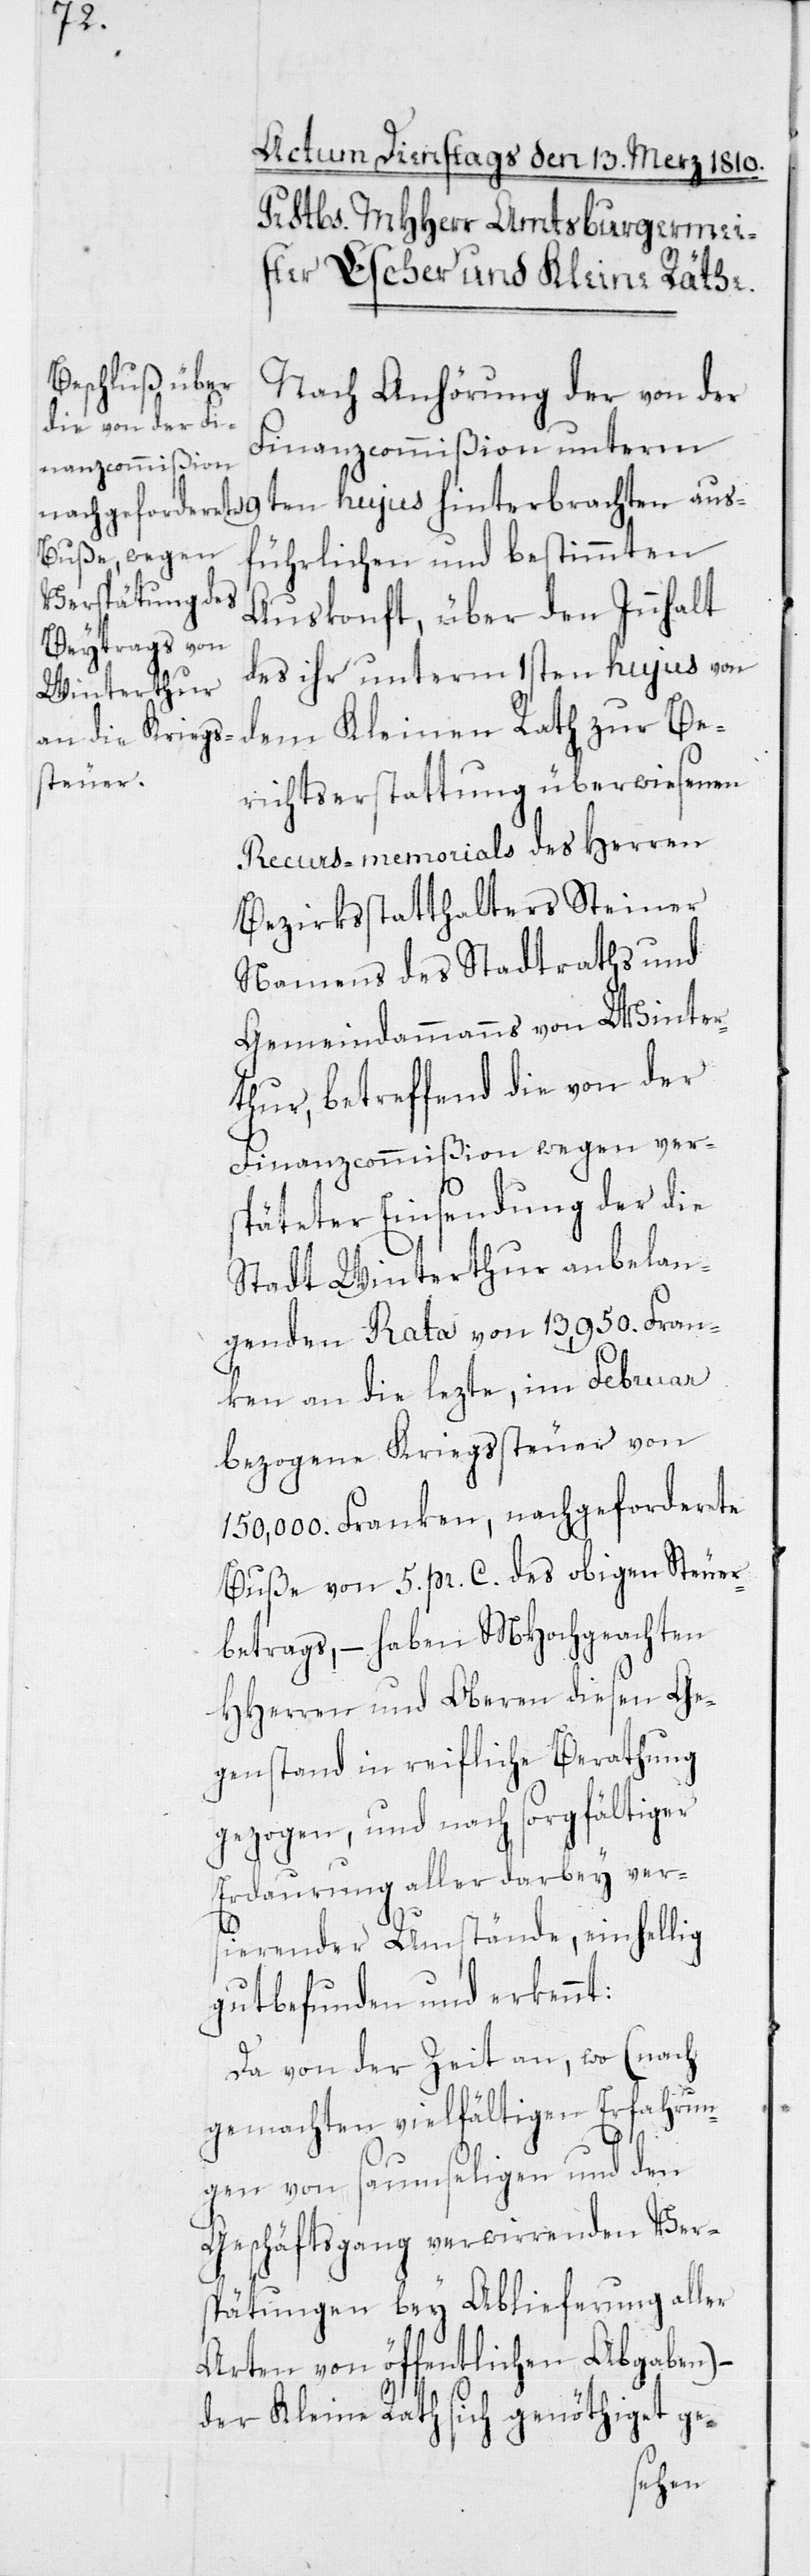
aus¬
Nach Anhörung der von der
Finanzcommißion unterm
führlichen und bestimmten
Auskonft, über den Innhalt
des ihr unterm 1sten hujus von
dem Kleinen Rath zur Be¬
richtserstattung überwiesenen
Recursmemorials des Herren
Bezirksstatthalters Steiner
Namens des Stadtraths und
Gemeindammanns von Winter¬
thur, betreffend die von der
Finanzcommißion wegen ver¬
späteter Einsendung der die
Stadt Winterthur anbelan¬
genden Rata von 13,950. Fran¬
ken an die lezte, im Februar
bezogene Kriegssteuer von
150,000. Franken, nachgeforderete
Buße von 5 pr. C. des obigen Steuer¬
betrags, – haben MHochgeachten
HHerren und Oberen diesen Ge¬
genstand in reifliche Berathung
gezogen, und nach sorgfältiger
Erdaurung aller darbey ver¬
sierender Umstände, einhellig
gut befunden und erkennt:
Da von der Zeit an, wo (nach
gemachten vielfältigen Erfahrun¬
gen von saumseligen und den
Geschäftsgang verwirrenden Vers¬
pätungen bey Ablieferung aller
Arten von öffentlichen Abgaben) –
der Kleine Rath sich genöthiget ge-